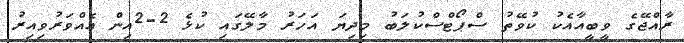
ރާއްޖޭގެ ވީބީއާއެކު ކުވޭތު ސްޕޯޓްސްކުލަބު މިދިޔަ އަހަރު މާލޭގައި ކުޅެ 2-2އިން އެއްވަރުވިއިރު